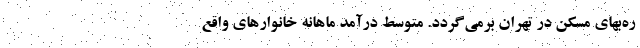
ره‌‌بهای مسکن در تهران برمی‌‌گردد. متوسط درآمد ماهانه خانوارهای واقع